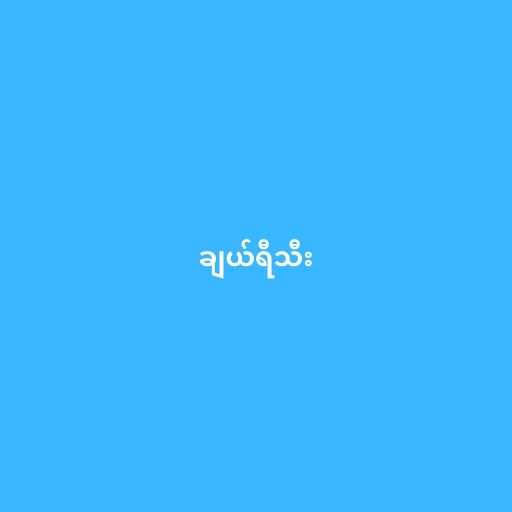
ချယ်ရီသီး